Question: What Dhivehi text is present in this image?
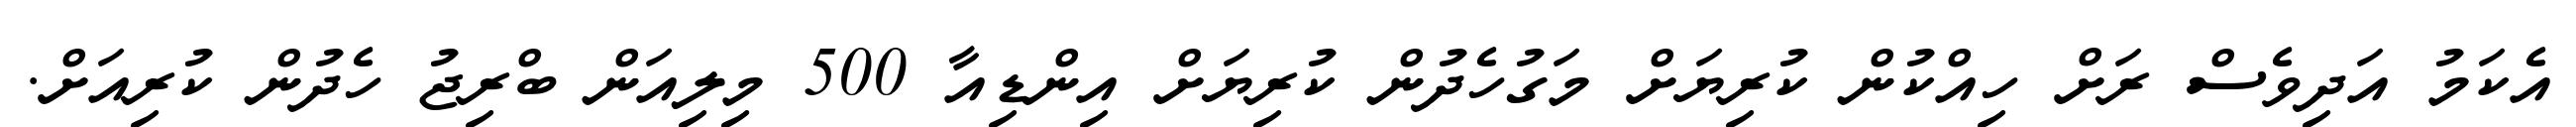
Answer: އެކަމު އަދިވެސް ރަށް ހިއްކުން ކުރިޔަށް މަގުހެދުން ކުރިޔަށް އިންޑިއާ 500 މިލިއަން ބްރިޖު ހެދުން ކުރިއަށް.